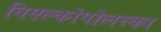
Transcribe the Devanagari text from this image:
विएल्कोपोलस्का